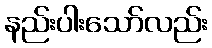
နည်းပါးသော်လည်း